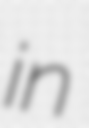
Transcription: in